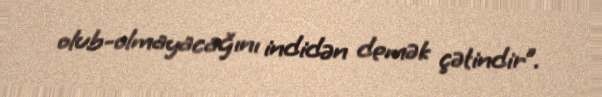
olub-olmayacağını indidən demək çətindir”.